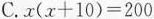
C. $$x ( x + 1 0 ) = 2 0 0$$